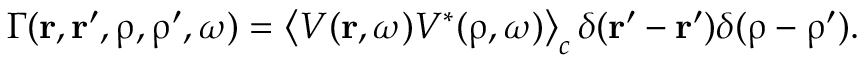
\Gamma ( \boldsymbol { \mathbf { r } } , \boldsymbol { \mathbf { r } } ^ { \prime } , \boldsymbol { \mathbf { \uprho } } , \boldsymbol { \mathbf { \uprho } } ^ { \prime } , \omega ) = \left\langle V ( \boldsymbol { \mathbf { r } } , \omega ) V ^ { * } ( \boldsymbol { \mathbf { \uprho } } , \omega ) \right\rangle _ { c } \delta ( \boldsymbol { \mathbf { r } } ^ { \prime } - \boldsymbol { \mathbf { r } } ^ { \prime } ) \delta ( \boldsymbol { \mathbf { \uprho } } - \boldsymbol { \mathbf { \uprho ^ { \prime } } } ) .